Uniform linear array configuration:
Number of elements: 24
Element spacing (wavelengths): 0.5
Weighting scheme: hann
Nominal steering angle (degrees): -60
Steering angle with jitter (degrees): -61.742
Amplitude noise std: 0.05
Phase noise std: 0.05

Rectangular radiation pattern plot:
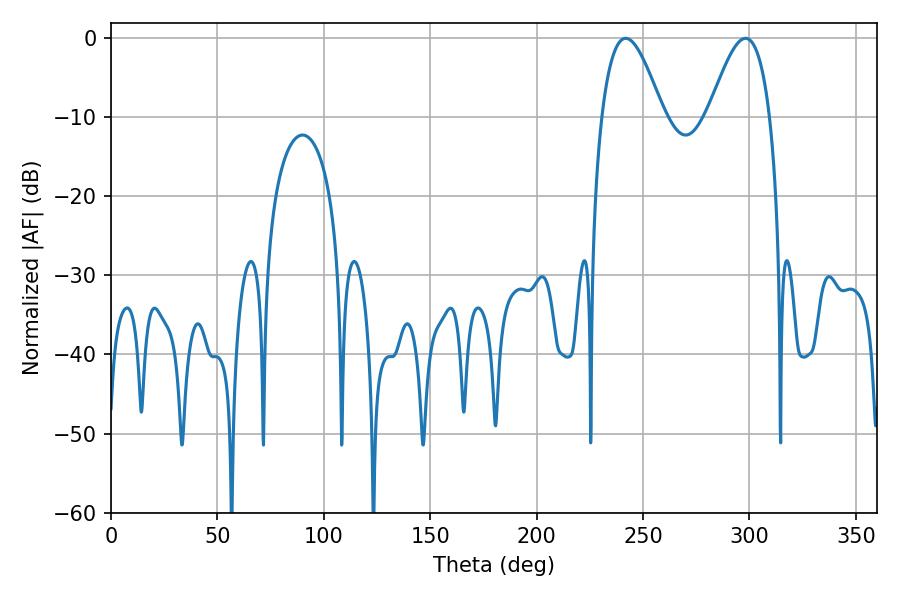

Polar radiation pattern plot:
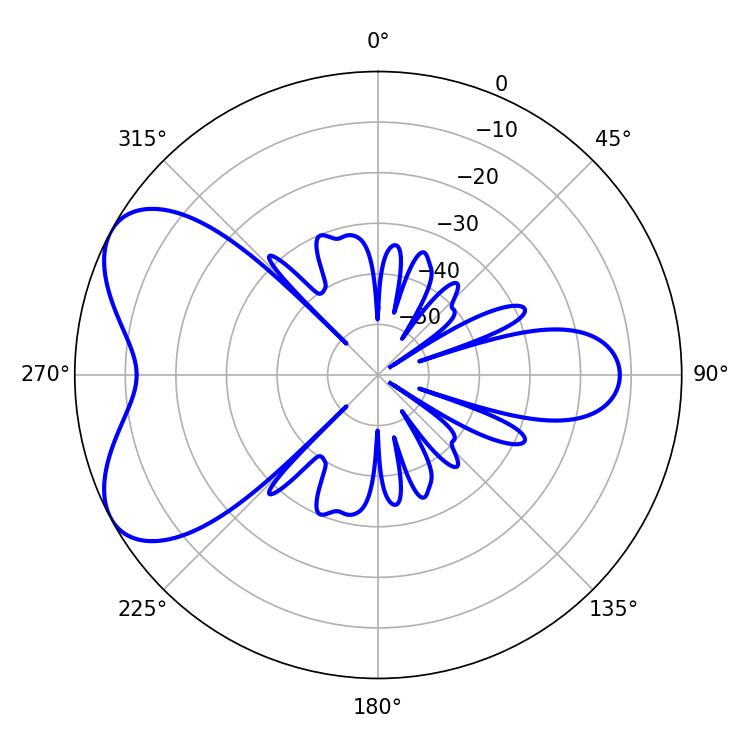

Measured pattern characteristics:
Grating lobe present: FALSE
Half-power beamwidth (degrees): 15.66
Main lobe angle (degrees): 241.92